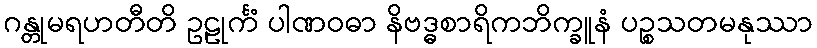
ဂန္တုမရဟတီတိ ဥဠုင်္ကံ ပါဏဝဓာ နိဗဒ္ဓစာရိကဘိက္ခူနံ ပဉ္စသတမနုဿာ